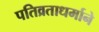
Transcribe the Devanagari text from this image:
पतिव्रताधर्माने